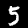
Digit: 5